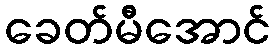
ခေတ်မီအောင်